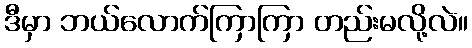
ဒီမှာ ဘယ်လောက်ကြာကြာ တည်းမလို့လဲ။